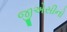
જીએસીનો